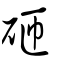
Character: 砸